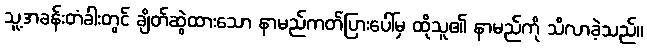
သူ့အခန်းတံခါးတွင် ချိတ်ဆွဲထားသော နာမည်ကတ်ပြားပေါ်မှ ထိုသူ၏ နာမည်ကို သိလာခဲ့သည်။